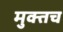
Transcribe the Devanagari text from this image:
मुक्तच